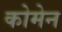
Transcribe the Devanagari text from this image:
कोमेन